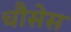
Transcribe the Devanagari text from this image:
चौसेस